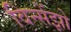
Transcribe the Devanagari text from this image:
विन्सेंझो